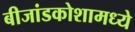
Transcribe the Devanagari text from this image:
बीजांडकोशामध्ये